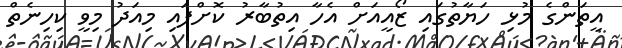
އީތަންގެ މުޅި ހަޔާތުގައި ޒޯއީއަށް އެހާ އިތުބާރު ކޮށްފައި މިއަދު މިވީ ކިހިނެތް